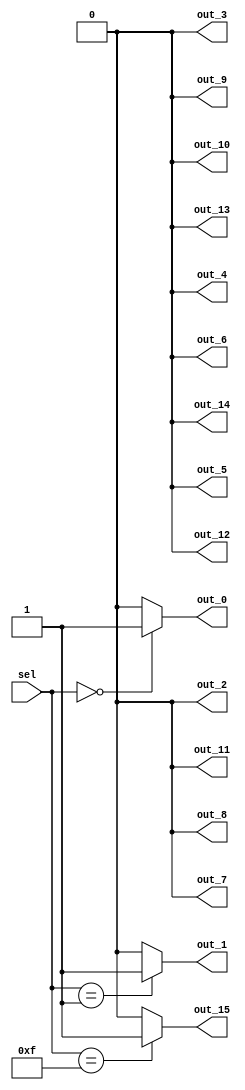
module demux_1to16 (
    input [3:0] sel,
    output reg out_0, out_1, out_2, out_3, out_4, out_5, out_6, out_7,
    output reg out_8, out_9, out_10, out_11, out_12, out_13, out_14, out_15
);

always @(*) begin
    case(sel)
        4'b0000: begin
            out_0 = 1; out_1 = 0; out_2 = 0; out_3 = 0; out_4 = 0; out_5 = 0; out_6 = 0; out_7 = 0;
            out_8 = 0; out_9 = 0; out_10 = 0; out_11 = 0; out_12 = 0; out_13 = 0; out_14 = 0; out_15 = 0;
        end
        4'b0001: begin
            out_0 = 0; out_1 = 1; out_2 = 0; out_3 = 0; out_4 = 0; out_5 = 0; out_6 = 0; out_7 = 0;
            out_8 = 0; out_9 = 0; out_10 = 0; out_11 = 0; out_12 = 0; out_13 = 0; out_14 = 0; out_15 = 0;
        end
        //continue for all possible combinations up to 1111 (15 in decimal)
        4'b1111: begin
            out_0 = 0; out_1 = 0; out_2 = 0; out_3 = 0; out_4 = 0; out_5 = 0; out_6 = 0; out_7 = 0;
            out_8 = 0; out_9 = 0; out_10 = 0; out_11 = 0; out_12 = 0; out_13 = 0; out_14 = 0; out_15 = 1;
        end
        default: begin
            out_0 = 0; out_1 = 0; out_2 = 0; out_3 = 0; out_4 = 0; out_5 = 0; out_6 = 0; out_7 = 0;
            out_8 = 0; out_9 = 0; out_10 = 0; out_11 = 0; out_12 = 0; out_13 = 0; out_14 = 0; out_15 = 0;
        end
    endcase
end

endmodule